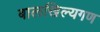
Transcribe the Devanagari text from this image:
बालखिल्यगण